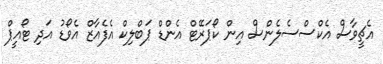
އެޗީވާސް އެކްސްސެލެންސް އިން ކޯޕަރޭޓް އެންޑް ޕަބްލިކް އެފެއާޒް އެވޯޑު އަދި ޓޯއީޕް